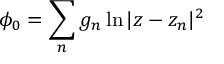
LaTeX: \phi _ { 0 } = \sum _ { n } g _ { n } \ln | z - z _ { n } | ^ { 2 }